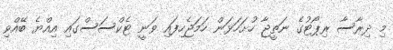
މި ދިރާސާ ރިޕޯޓުގެ ނަތީޖާ ހުށަހަޅަން ހަމަޖެހިފައި ވަނީ ޓެކްސަސްގައި އިއްޔެ ބޭއްވި